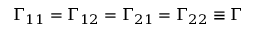
\Gamma _ { 1 1 } = \Gamma _ { 1 2 } = \Gamma _ { 2 1 } = \Gamma _ { 2 2 } \equiv \Gamma